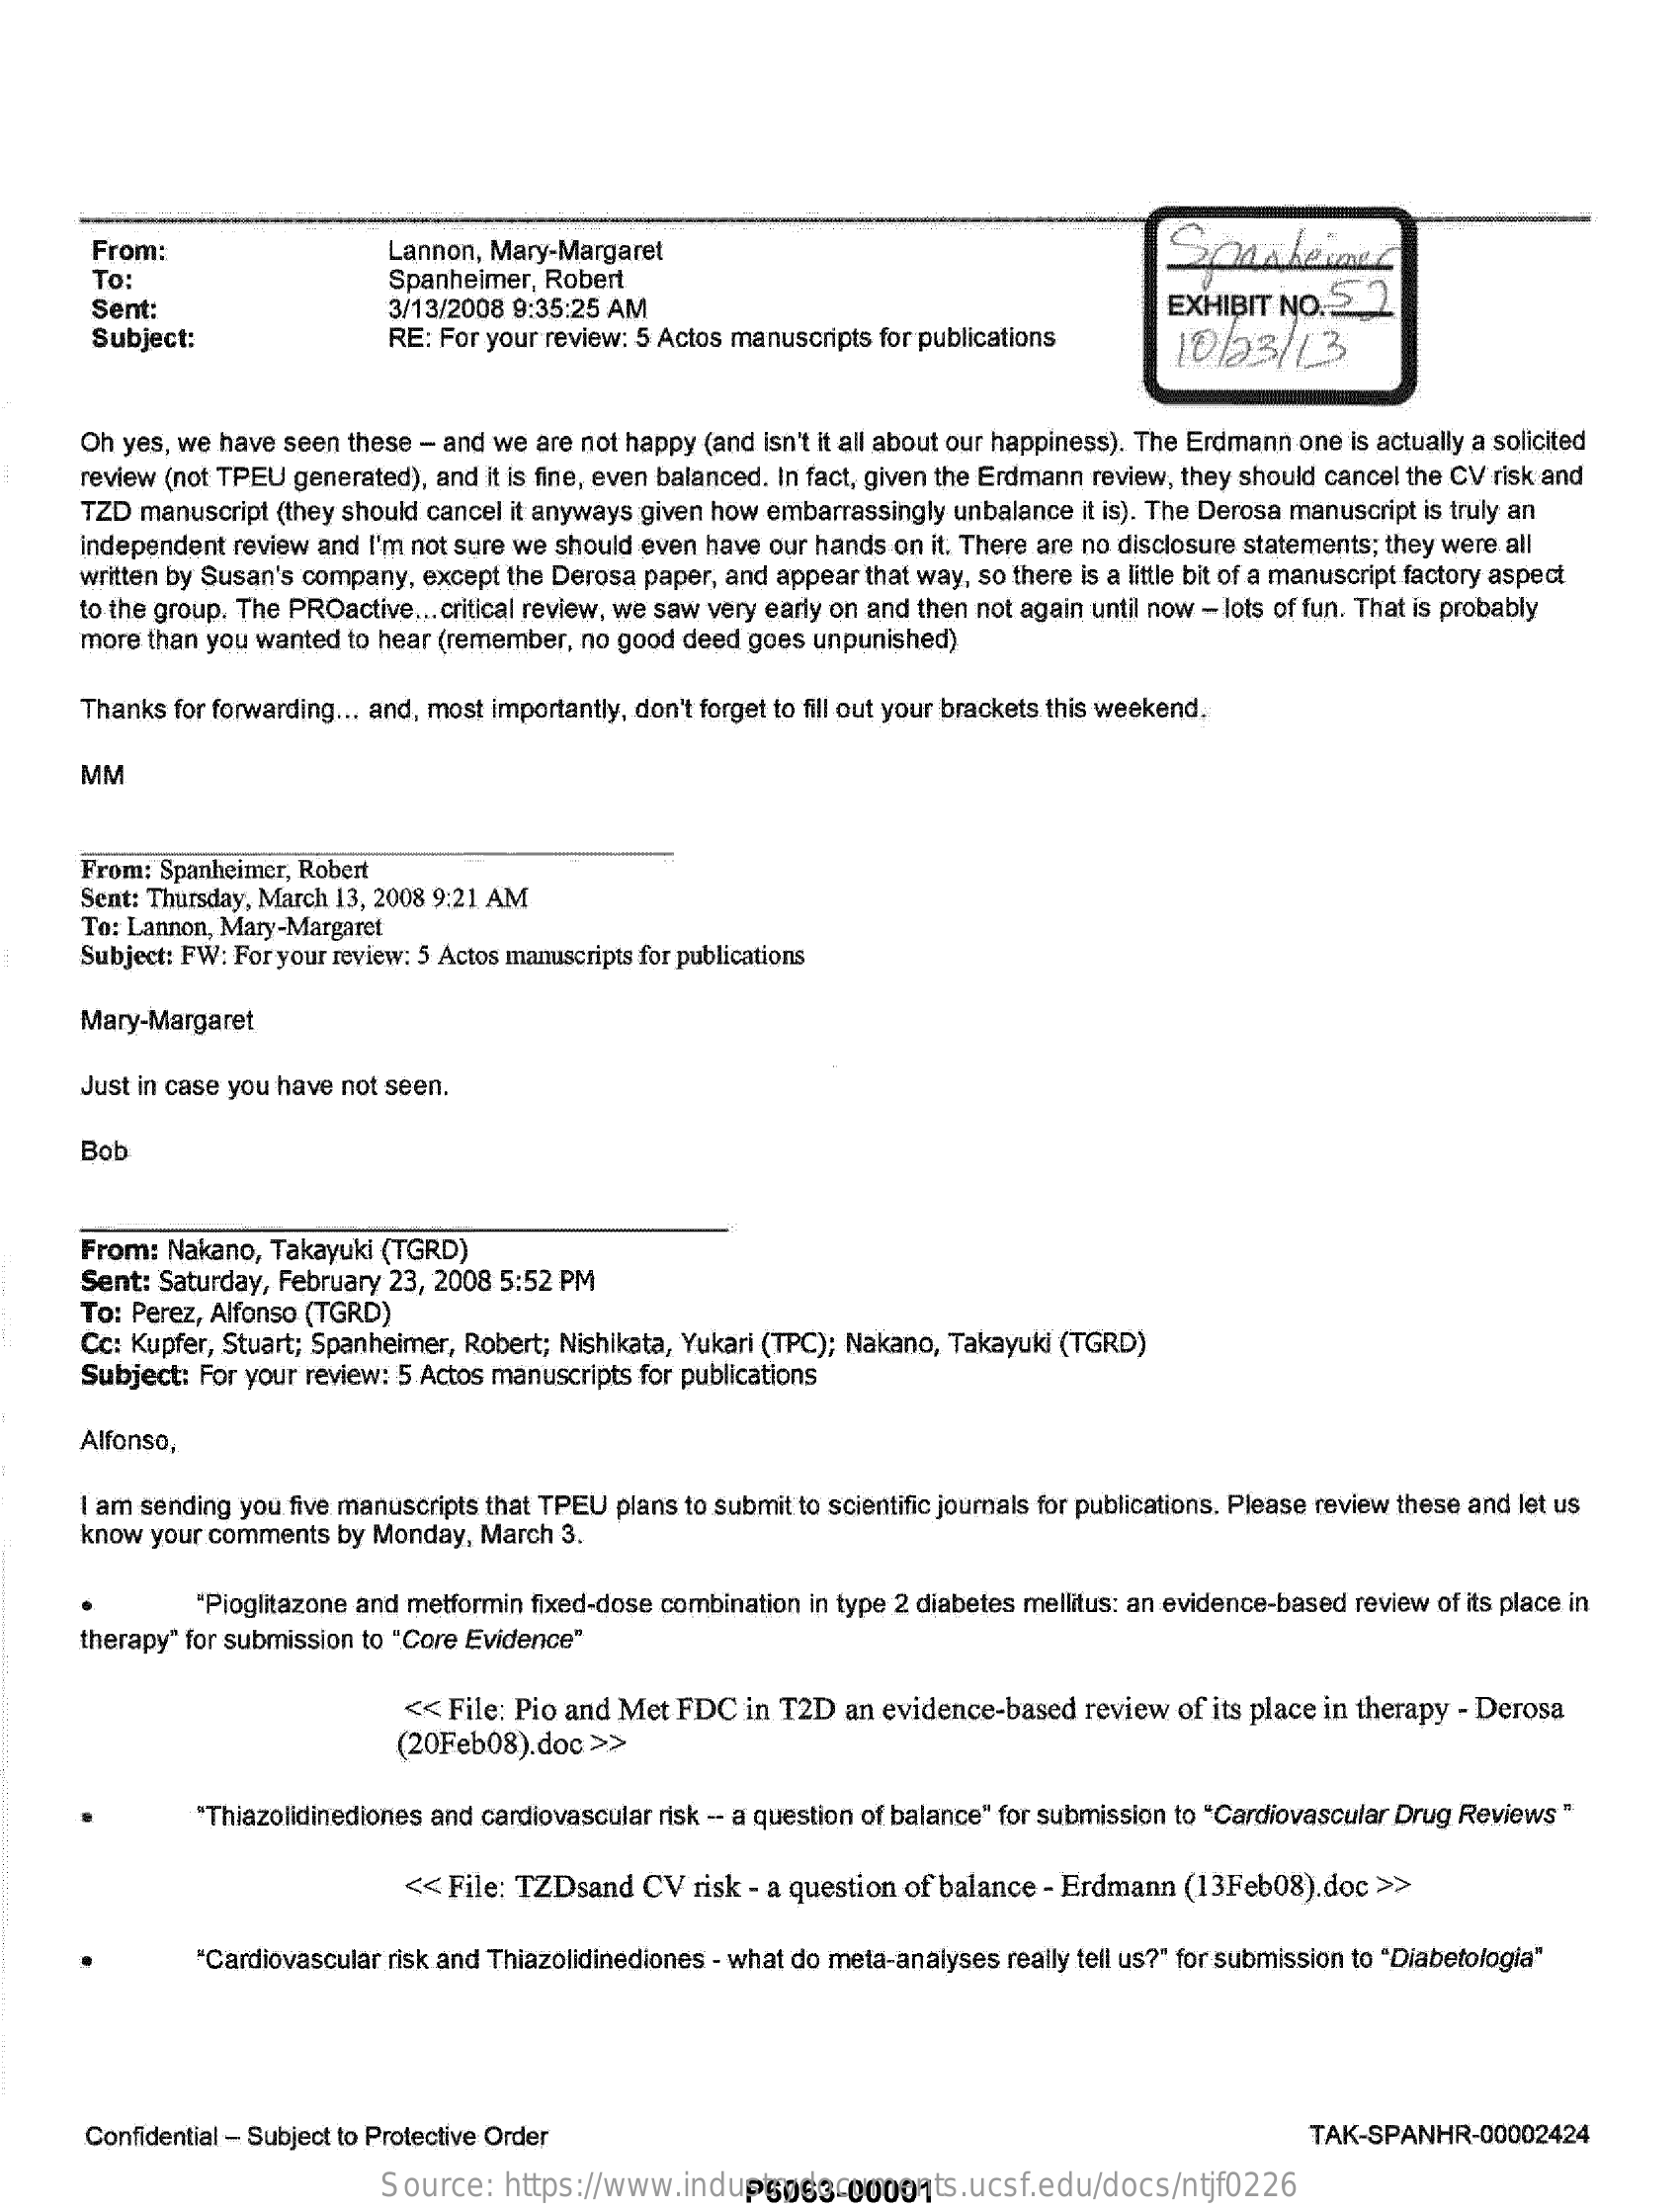
From:    Lannon, Mary-Margaret    Spankeiner
     To:    Spanheimer, Robert
     Sent:    3/13/2008 9:35:25 AM    EXHIBIT NO. 5. 2
     Subject:    RE: For your review: 5 Actos manuscripts for publications 10/23/13
     Oh yes, we have seen these - and we are not happy (and isn't it all about our happiness). The Erdmann one is actually a solicited
     review (not TPEU generated), and it is fine, even balanced. In fact, given the Erdmann review, they should cancel the CV risk and
     TZD manuscript (they should cancel it anyways given how embarrassingly unbalance it is). The Derosa manuscript is truly an
     independent review and I'm not sure we should even have our hands on it. There are no disclosure statements; they were all
     written by Susan's company, except the Derosa paper, and appear that way, so there is a little bit of a manuscript factory aspect
     to the group. The PROactive ... critical review, we saw very early on and then not again until now - lots of fun. That is probably
     more than you wanted to hear (remember, no good deed goes unpunished)
     Thanks for forwarding ... and, most importantly, don't forget to fill out your brackets this weekend.
     MM
     From: Spanheimer, Robert
     Sent: Thursday, March 13, 2008 9:21 AM
     To: Lannon, Mary-Margaret
     Subject: FW: For your review: 5 Actos manuscripts for publications
     Mary-Margaret
     Just in case you have not seen.
     Bob
     From: Nakano, Takayuki (TGRD)
     Sent: Saturday, February 23, 2008 5:52 PM
     To: Perez, Alfonso (TGRD)
     Cc: Kupfer, Stuart; Spanheimer, Robert; Nishikata, Yukari (TPC); Nakano, Takayuki (TGRD)
     Subject: For your review: 5 Actos manuscripts for publications
     Alfonso,
     I am sending you five manuscripts that TPEU plans to submit to scientific journals for publications. Please review these and let us
     know your comments by Monday, March 3.
     "Pioglitazone and metformin fixed-dose combination in type 2 diabetes mellitus: an evidence-based review of its place in
     therapy" for submission to "Core Evidence"
     (20Feb08).doc >>
     << File: Pio and Met FDC in T2D an evidence-based review of its place in therapy - Derosa
     "Thiazolidinediones and cardiovascular risk -- a question of balance" for submission to "Cardiovascular Drug Reviews "
     << File: TZDsand CV  risk - a question of balance - Erdmann (13Feb08).doc >>
     "Cardiovascular risk and Thiazolidinediones - what do meta-analyses really tell us?" for submission to "Diabetologia"
     Confidential - Subject to Protective Order    TAK-SPANHR-00002424
     Source:  https://www.industrydocuments.ucsf.edu/docs/ntjf0226 P6063-00001